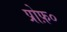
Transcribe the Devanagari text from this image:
प्रोफ़०